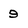
Character: 9